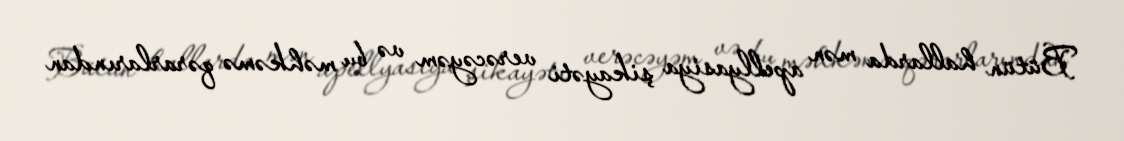
Bütün hallarda mən apellyasiya şikayəti verəcəyəm və bu məhkəmə qərarlarından